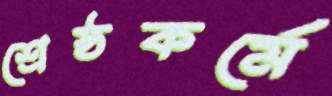
শ্রেষ্ঠকর্মে